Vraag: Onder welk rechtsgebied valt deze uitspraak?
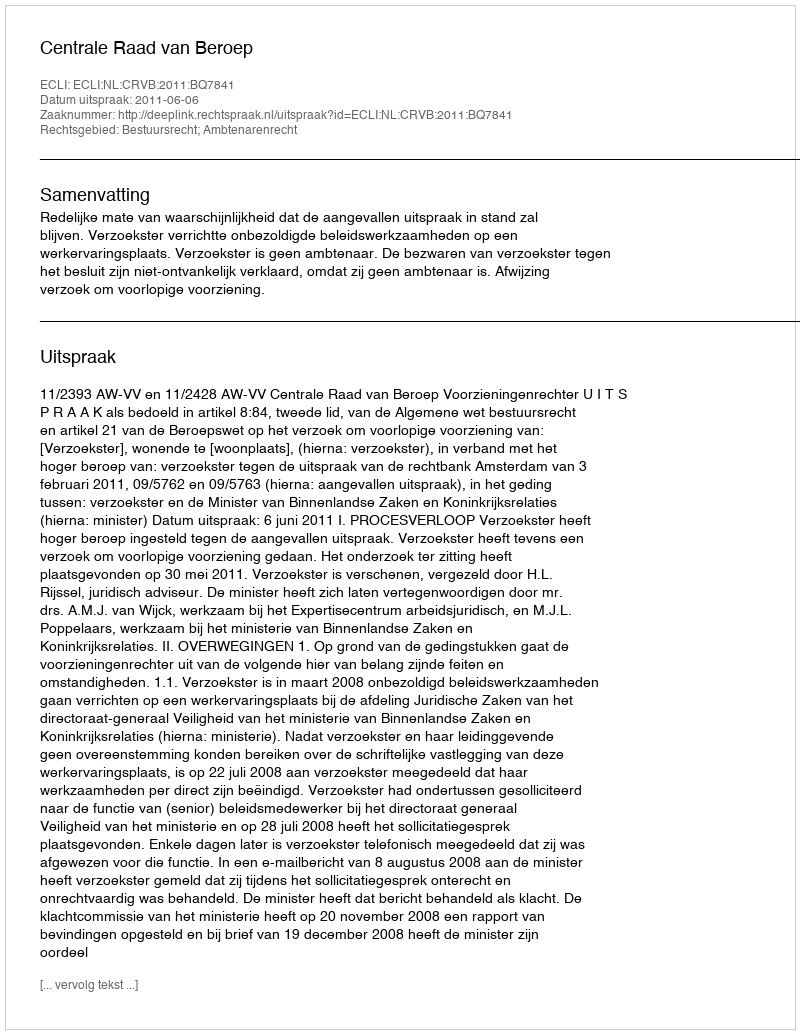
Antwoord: Bestuursrecht; Ambtenarenrecht